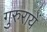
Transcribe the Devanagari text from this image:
गुरुरायें